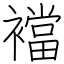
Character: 襠